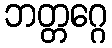
ဘတ္တဂ္ဂေ